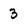
Character: 3